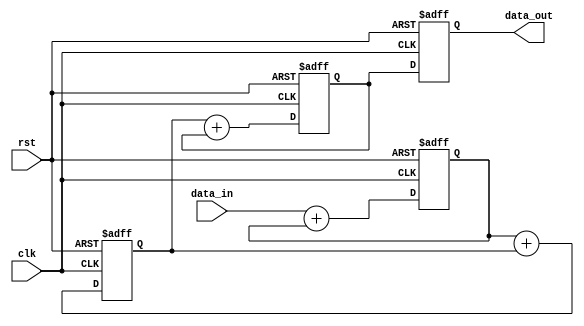
module fixed_point_shift_register (
    input clk,
    input rst,
    input signed [7:0] data_in,
    
    output reg signed [7:0] data_out
);

reg signed [7:0] reg1, reg2, reg3; // Define registers for arithmetic operations

always @ (posedge clk or posedge rst)
begin
    if (rst)
    begin
        reg1 <= 8'b0; // Reset all registers to 0
        reg2 <= 8'b0;
        reg3 <= 8'b0;
        data_out <= 8'b0;
    end
    else
    begin
        // Perform fixed-point arithmetic operations in each register
        reg1 <= data_in + reg1;
        reg2 <= reg1 + reg2;
        reg3 <= reg2 + reg3;
        
        // Output the result from the last register
        data_out <= reg3;
    end
end

endmodule